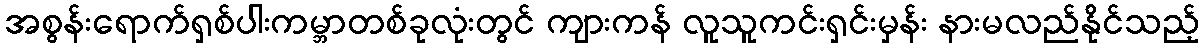
အစွန်းရောက်ရှစ်ပါးကမ္ဘာတစ်ခုလုံးတွင် ကျားကန် လူသူကင်းရှင်းမှန်း နားမလည်နိုင်သည့်